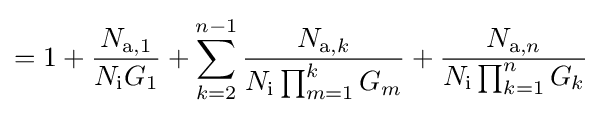
=1+{\frac {N_{\mathrm {a} ,1}}{N_{\mathrm {i} }G_{1}}}+\sum _{k=2}^{n-1}{\frac {N_{\mathrm {a} ,k}}{N_{\mathrm {i} }\prod _{m=1}^{k}G_{m}}}+{\frac {N_{\mathrm {a} ,n}}{N_{\mathrm {i} }\prod _{k=1}^{n}G_{k}}}